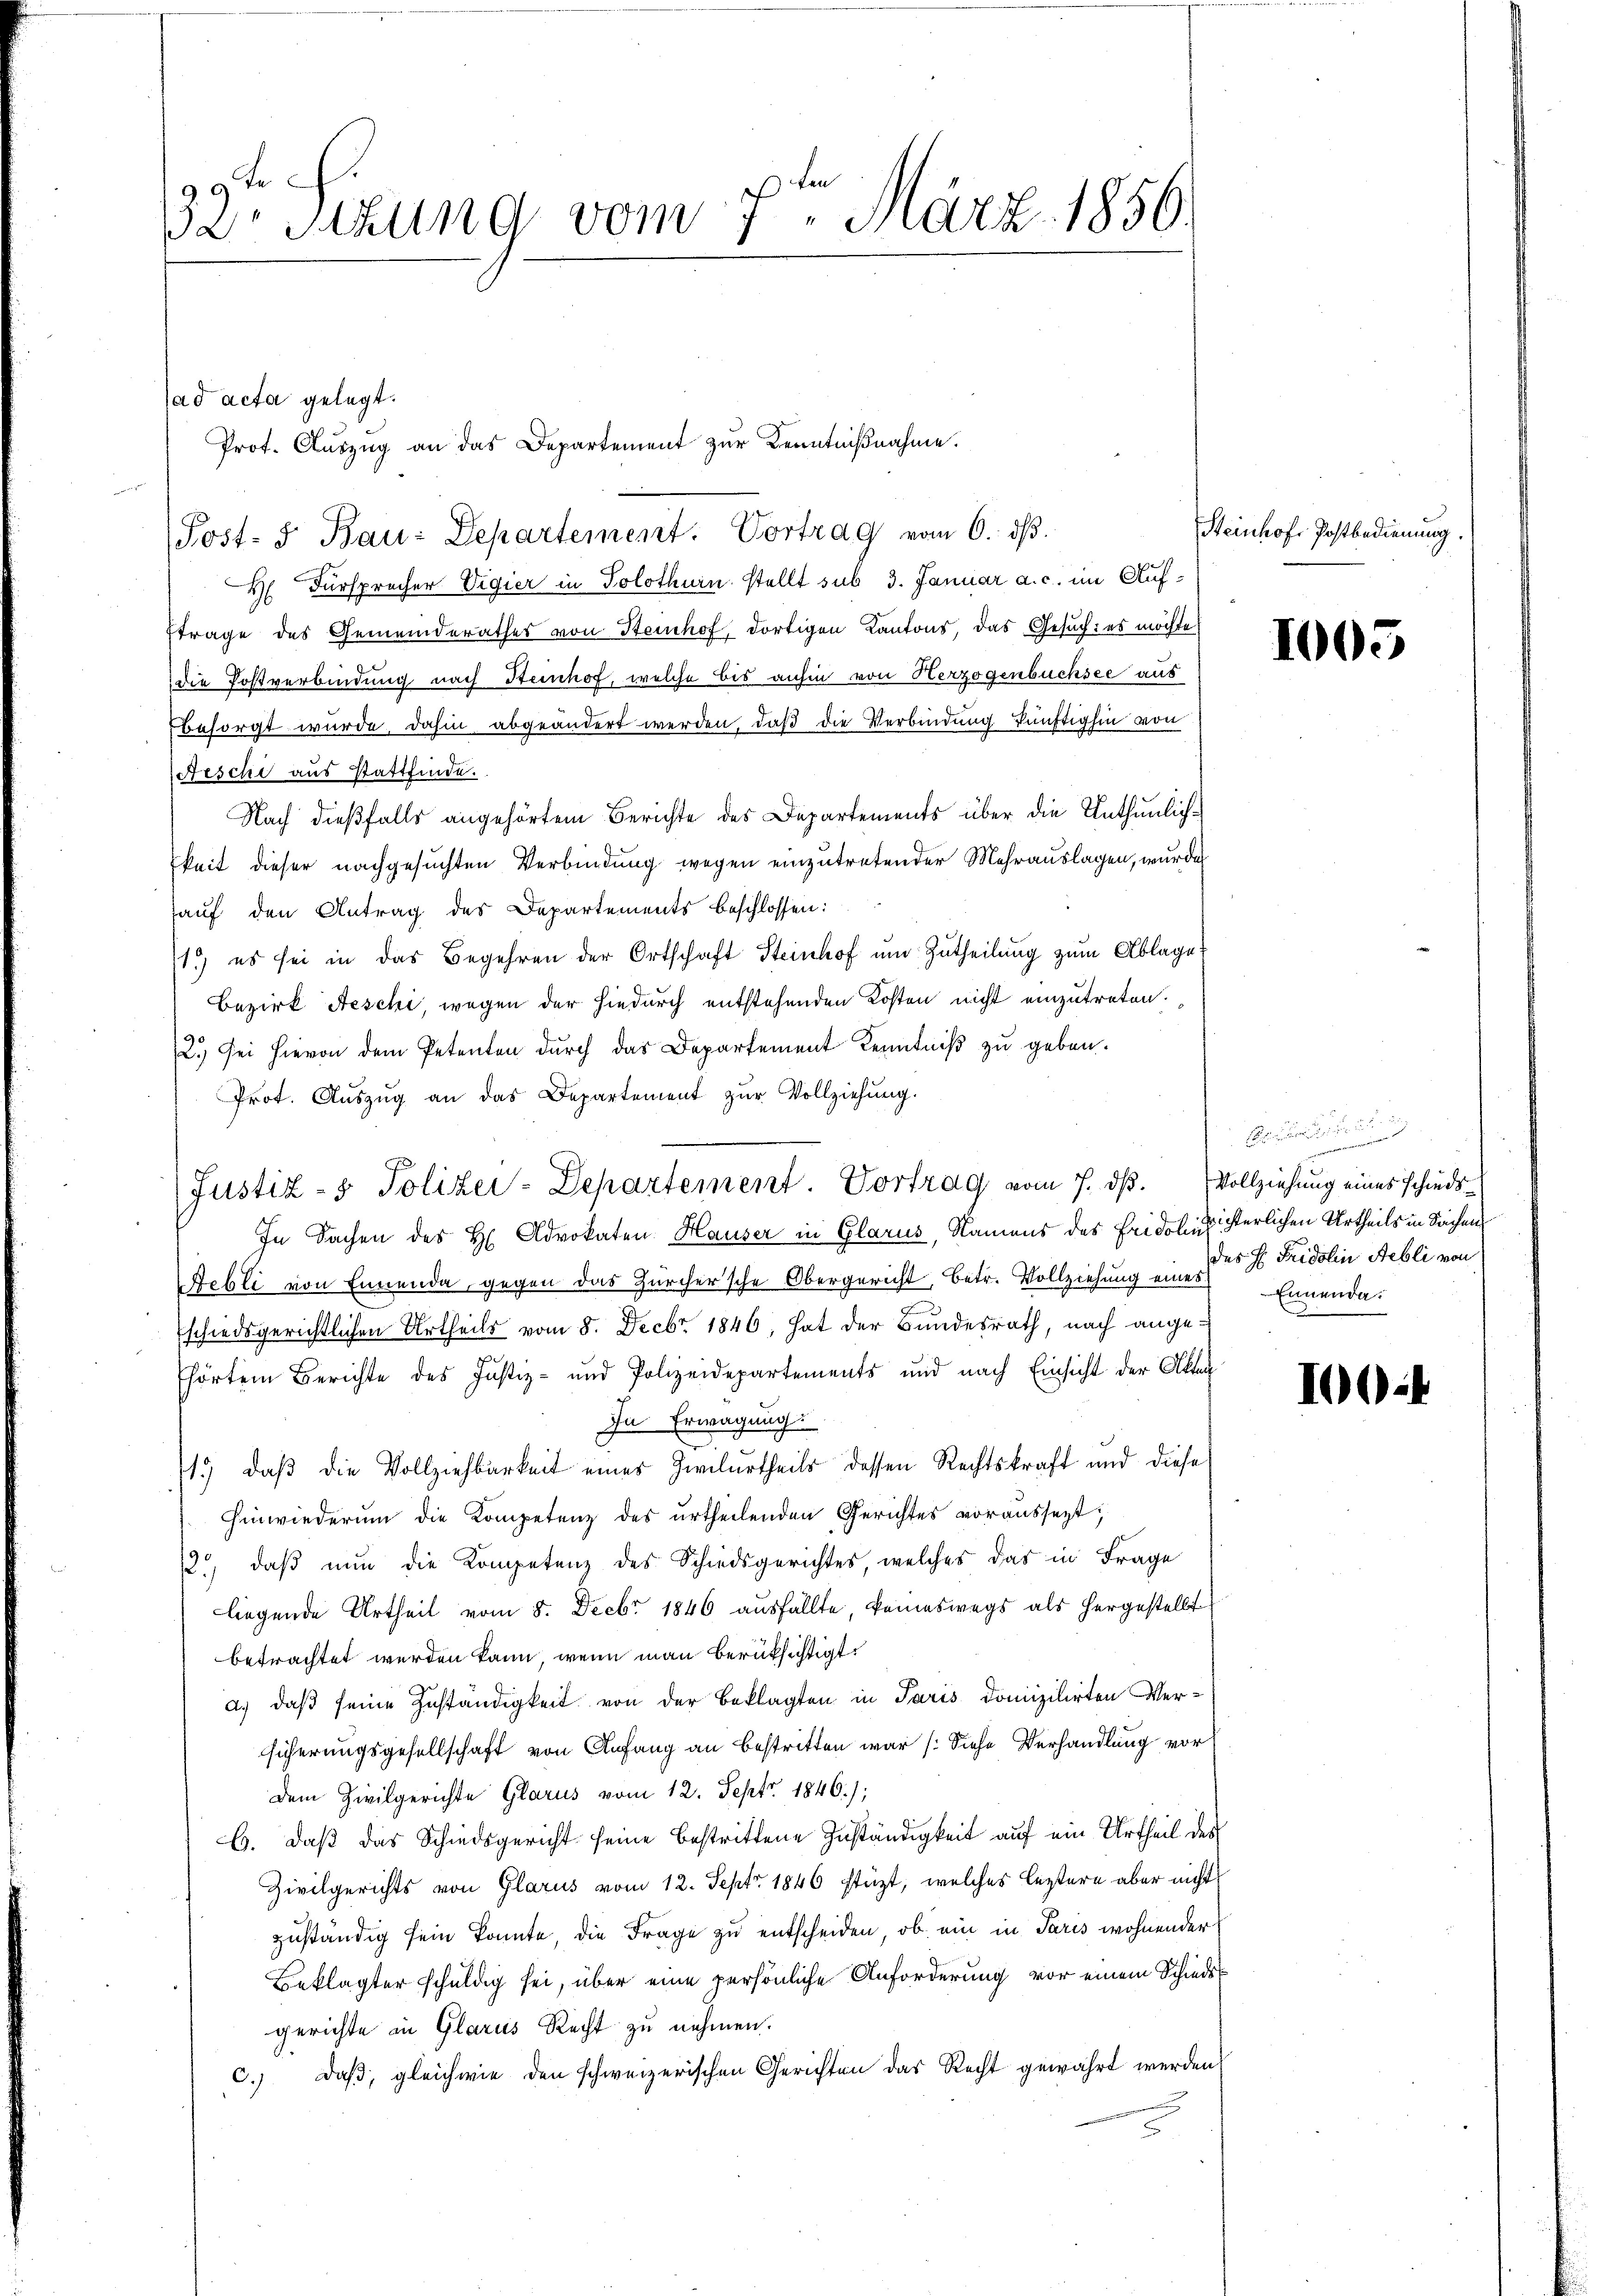
29 t
Dr Sitzung vom 7. März 1856.

H Fürsprecher Vigier in Solothurn stellt sub 3. Januar a. c. im Aufttrage des Gemeinderathes von Stenhof, dortigen Kantons, das Gesuchtes möchte
die Postverbindung nach Steinhof, welche bis anhin von Herzogenbüchsee aus
besorgt wurde, dahin abgeändert werden, daß die Verbindung künftighin von
Feschi aus stattfinde.
Nach dießfalls angehörtem Berichte des Departements über die Unthunlichkeit dieser nachgesuchten Verbindung wegen einzutretender Mehrauslagen, wurde
auf den Antrag des Departements beschlossen:
11.) es sei in das Begehren der Ortschaft Steinhof um Zutheilung zum Ablage
Bezirk Aeschi, wegen der hiedurch entstehenden Kosten nicht einzutreten.
2.) Sei hievon dem Petenten durch das Departement Kenntniß zu geben.
Prot. Auszug an das Departement zur Vollziehung.
In Sachen des H. Advokaten Hauser in Glarus, Namens des Fridolinisterlichen Urtheils in Sachen
Febli von Ennenda gegen das Zürcher'sche Obergericht, betr. Vollziehung eine des Fridolin Nebli von
schiedsgerichtlichen Urtheils vom 8. Decbr. 1846, hat der Bundesrath, nach angehörten Berichte des Justiz- und Polizeidepartements und nach Einsicht der Akten
In Erwägung
1.) daß die Vollziehbarkeit eines Zivilurtheils dessen Rechtskraft und diese
hinwiederung die Kompetenz des urtheilenden Gerichtes voraussezt,
13., daβ nŭn die Kompetenz des Schiedsgerichtes, welches das in Frage
liegende Urtheil vom 8. Decbr. 1846 aŭsfällte, keineswegs als hergestellt
betrachtet werden kann, wenn man berüksichtigt.
a.) daß seine Zuständigkeit von der Beklagten in Paris domizilirten Versicherungsgesellschaft von Anfang an bestritten war (Siehe Verhandlung vor
dem Zivilgerichte Glarus vom 12. Sept. 1846.);
b. daß das Schiedsgericht seine bestrittene Zuständigkeit auf ein Urtheil des
Zivilgerichts von Glarus vom 12. Sept. 1846 stüzt, welches leztere aber nicht
zuständig sein konnte, die Frage zu entscheiden, ob ein in Paris wohnender
Beklagter schuldig sei, über eine persönliche Anforderung vor einem Schiedsgerichte in Glarus Recht zu nehmen.
c.) daß, gleichwie den schweizerischen Gerichten das Recht gewährt werden

ad acta gelegt.
Prot. Auszug an das Departement zur Kenntnißnahme.
Post- & Bau-Departement. Vortrag vom 6. dβ.

Justiz- & Polizei-Departement. Vortrag vom 7. dß. Vollziehung eines schieds-

Steinhofs Postbedienung.

1005

e
aemen
Ennenda.

1004